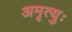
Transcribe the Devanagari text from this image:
अमृत्युः